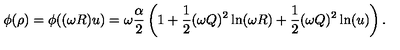
\phi ( \rho ) = \phi ( ( \omega R ) u ) = \omega \frac { \alpha } { 2 } \left( 1 + \frac { 1 } { 2 } ( \omega Q ) ^ { 2 } \ln ( \omega R ) + \frac { 1 } { 2 } ( \omega Q ) ^ { 2 } \ln ( u ) \right) .